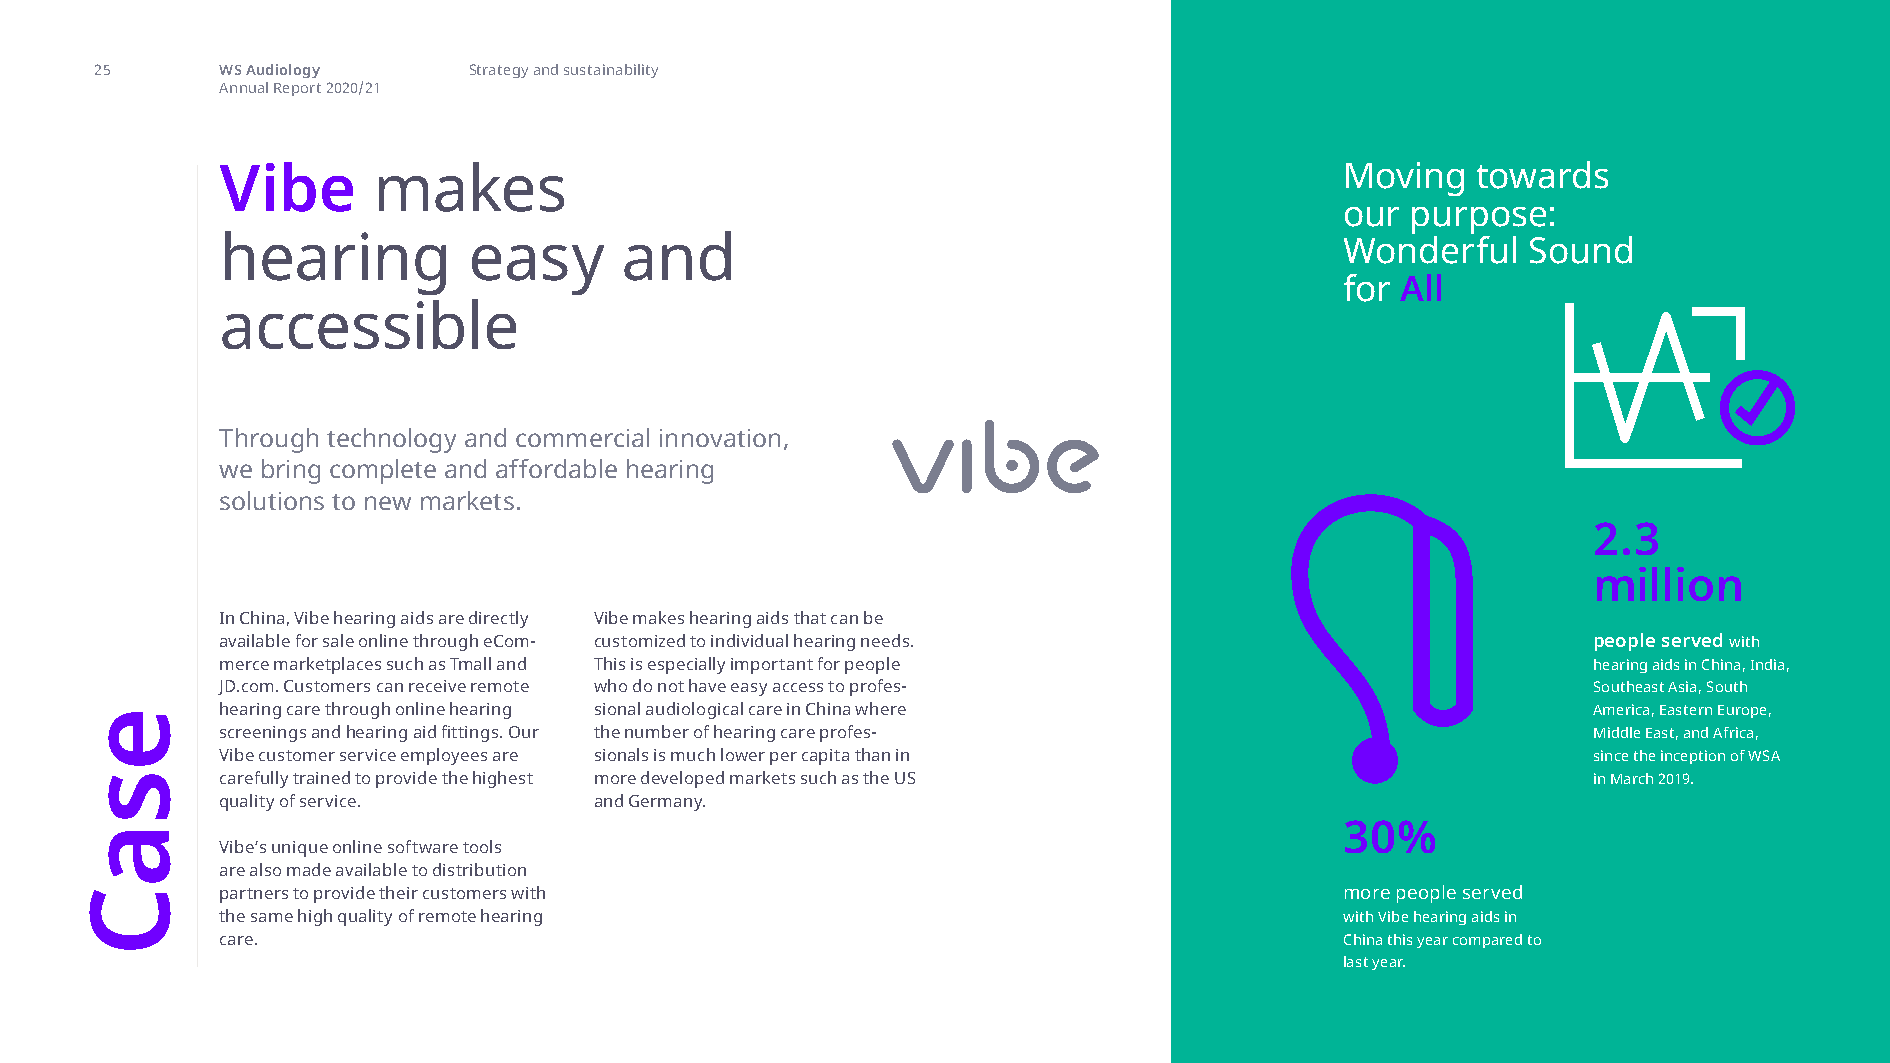
25       WS Audiology    Strategy and sustainability
 Annual Report 2020/21
 Vibe      makes                                                           Moving   towards
 our purpose:
 hearing         easy      and                                             Wonderful   Sound
 for All
 accessible
 Through technology and commercial innovation,
 we bring complete and affordable hearing
 solutions to new markets.
 2.3
 million
 In China, Vibe hearing aids are directly Vibe makes hearing aids that can be
 available for sale online through eCom- customized to individual hearing needs.           people served with
 merce marketplaces such as Tmall and This is especially important for people              hearing aids in China, India,
 JD.com. Customers can receive remote who do not have easy access to profes-               Southeast Asia, South
 hearing care through online hearing sional audiological care in China where               America, Eastern Europe,
 screenings and hearing aid fittings. Our the number of hearing care profes-               Middle East, and Africa,
 Vibe customer service employees are sionals is much lower per capita than in              since the inception of WSA
 carefully trained to provide the highest more developed markets such as the US            in March 2019.
 quality of service.     and Germany.
 30%
 Vibe’s unique online software tools
 are also made available to distribution
 partners to provide their customers with                                  more people served
 the same high quality of remote hearing                                   with Vibe hearing aids in
 care.                                                                     China this year compared to
 last year.
 esaC